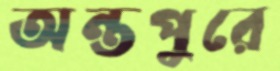
অন্তপুরে